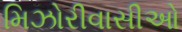
મિઝોરીવાસીઓ